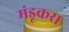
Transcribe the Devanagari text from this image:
मंडूकरा